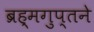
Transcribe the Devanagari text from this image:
ब्रह्मगुप्तने